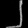
Digit: ၂